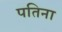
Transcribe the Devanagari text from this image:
पतिना